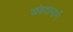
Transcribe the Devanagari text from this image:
खंडवामार्गे